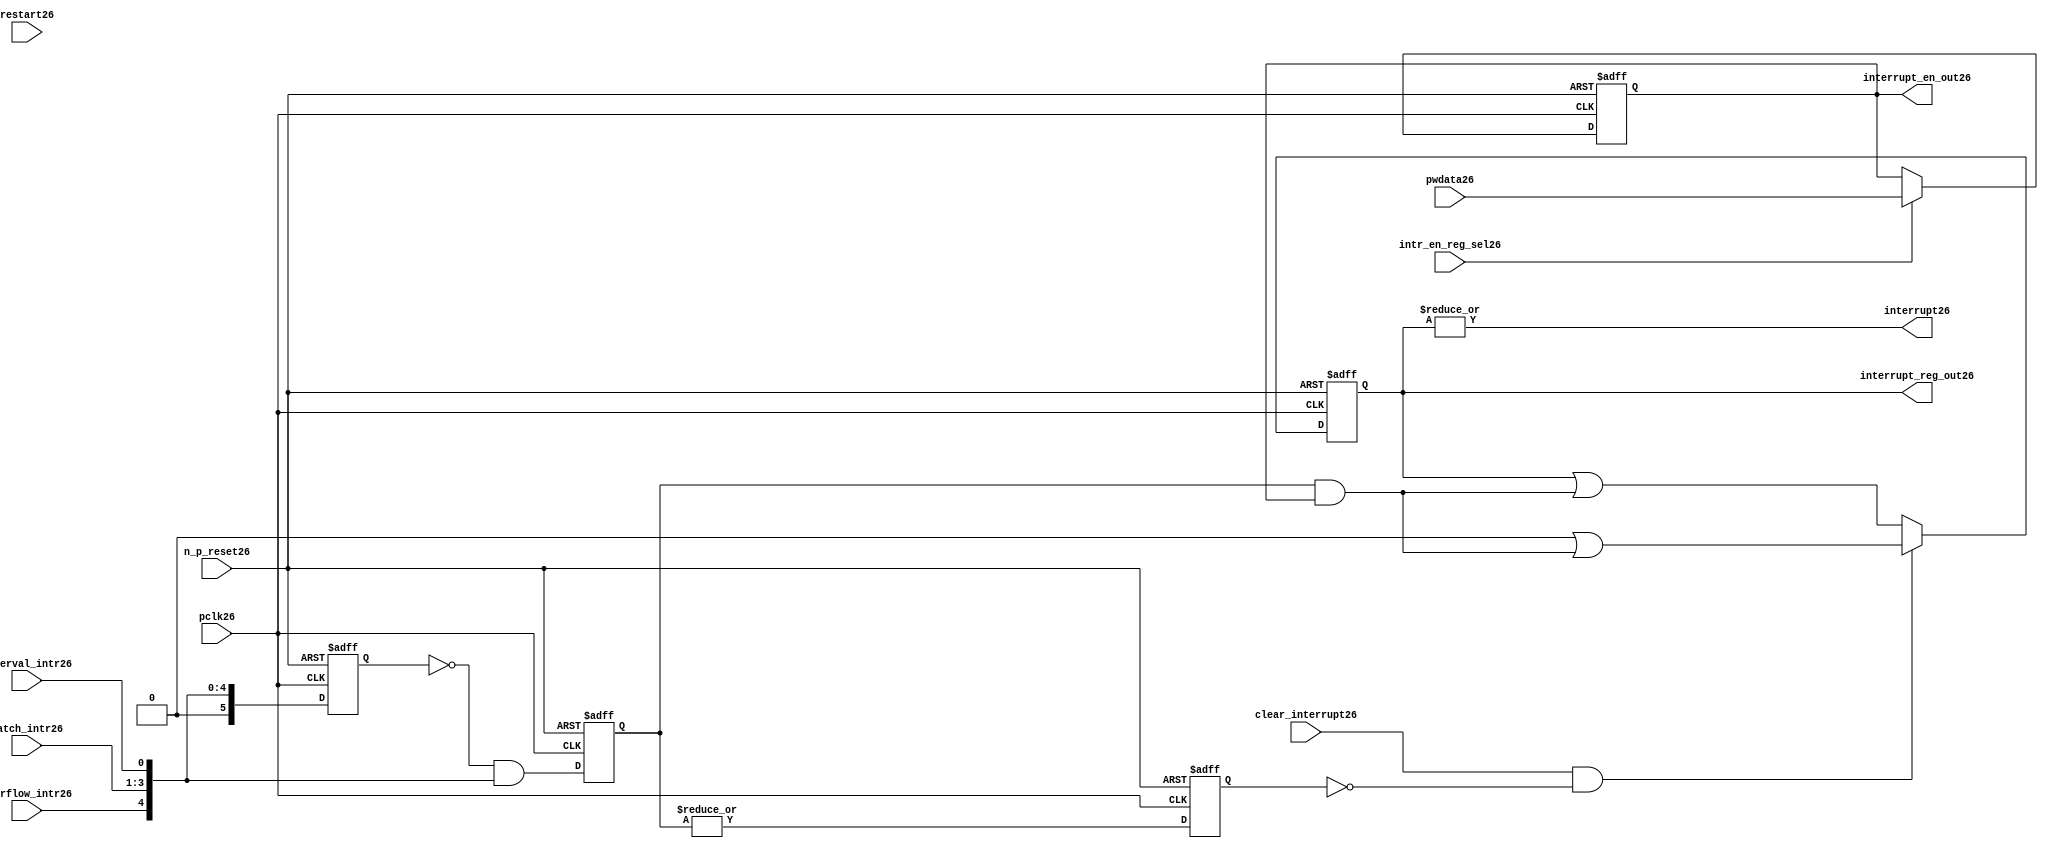
//File26 name   : ttc_interrupt_lite26.v
//Title26       : 
//Created26     : 1999
//Description26 : Interrupts26 from the counter modules26 are registered
//              and if enabled cause the output interrupt26 to go26 high26.
//              Also26 the match126 interrupts26 are monitored26 to generate output 
//Notes26       : 
//----------------------------------------------------------------------
//   Copyright26 1999-2010 Cadence26 Design26 Systems26, Inc26.
//   All Rights26 Reserved26 Worldwide26
//
//   Licensed26 under the Apache26 License26, Version26 2.0 (the
//   "License26"); you may not use this file except26 in
//   compliance26 with the License26.  You may obtain26 a copy of
//   the License26 at
//
//       http26://www26.apache26.org26/licenses26/LICENSE26-2.0
//
//   Unless26 required26 by applicable26 law26 or agreed26 to in
//   writing, software26 distributed26 under the License26 is
//   distributed26 on an "AS26 IS26" BASIS26, WITHOUT26 WARRANTIES26 OR26
//   CONDITIONS26 OF26 ANY26 KIND26, either26 express26 or implied26.  See
//   the License26 for the specific26 language26 governing26
//   permissions26 and limitations26 under the License26.
//----------------------------------------------------------------------
 


//-----------------------------------------------------------------------------
// Module26 definition26
//-----------------------------------------------------------------------------

module ttc_interrupt_lite26(

  //inputs26
  n_p_reset26,                             
  pwdata26,                             
  pclk26,
  intr_en_reg_sel26, 
  clear_interrupt26,                   
  interval_intr26,
  match_intr26,
  overflow_intr26,
  restart26,

  //outputs26
  interrupt26,
  interrupt_reg_out26,
  interrupt_en_out26
  
);


//-----------------------------------------------------------------------------
// PORT DECLARATIONS26
//-----------------------------------------------------------------------------

   //inputs26
   input         n_p_reset26;            //reset signal26
   input [5:0]   pwdata26;               //6 Bit26 Data signal26
   input         pclk26;                 //System26 clock26
   input         intr_en_reg_sel26;      //Interrupt26 Enable26 Reg26 Select26 signal26
   input         clear_interrupt26;      //Clear Interrupt26 Register signal26
   input         interval_intr26;        //Timer_Counter26 Interval26 Interrupt26
   input [3:1]   match_intr26;           //Timer_Counter26 Match26 1 Interrupt26 
   input         overflow_intr26;        //Timer_Counter26 Overflow26 Interrupt26 
   input         restart26;              //Counter26 restart26

   //Outputs26
   output        interrupt26;            //Interrupt26 Signal26 
   output [5:0]  interrupt_reg_out26;    //6 Bit26 Interrupt26 Register
   output [5:0]  interrupt_en_out26; //6 Bit26 Interrupt26 Enable26 Register


//-----------------------------------------------------------------------------
// Internal Signals26 & Registers26
//-----------------------------------------------------------------------------

   wire [5:0]   intr_detect26;          //Interrupts26 from the Timer_Counter26
   reg [5:0]    int_sync_reg26;         //6-bit 1st cycle sync register
   reg [5:0]    int_cycle_reg26;        //6-bit register ensuring26 each interrupt26 
                                      //only read once26
   reg [5:0]    interrupt_reg26;        //6-bit interrupt26 register        
   reg [5:0]    interrupt_en_reg26; //6-bit interrupt26 enable register
   

   reg          interrupt_set26;        //Prevents26 unread26 interrupt26 being cleared26
   
   wire         interrupt26;            //Interrupt26 output
   wire [5:0]   interrupt_reg_out26;    //Interrupt26 register output
   wire [5:0]   interrupt_en_out26; //Interrupt26 enable output


   assign interrupt26              = |(interrupt_reg26);
   assign interrupt_reg_out26      = interrupt_reg26;
   assign interrupt_en_out26       = interrupt_en_reg26;
   
   assign intr_detect26 = {1'b0,
                         overflow_intr26,  
                         match_intr26[3],  
                         match_intr26[2], 
                         match_intr26[1], 
                         interval_intr26};

   

// Setting interrupt26 registers
   
   always @ (posedge pclk26 or negedge n_p_reset26)
   begin: p_intr_reg_ctrl26
      
      if (!n_p_reset26)
      begin
         int_sync_reg26         <= 6'b000000;
         interrupt_reg26        <= 6'b000000;
         int_cycle_reg26        <= 6'b000000;
         interrupt_set26        <= 1'b0;
      end
      else 
      begin

         int_sync_reg26    <= intr_detect26;
         int_cycle_reg26   <= ~int_sync_reg26 & intr_detect26;

         interrupt_set26   <= |int_cycle_reg26;
          
         if (clear_interrupt26 & ~interrupt_set26)
            interrupt_reg26 <= (6'b000000 | (int_cycle_reg26 & interrupt_en_reg26));
         else 
            interrupt_reg26 <= (interrupt_reg26 | (int_cycle_reg26 & 
                                               interrupt_en_reg26));
      end 
      
   end  //p_intr_reg_ctrl26


// Setting interrupt26 enable register
   
   always @ (posedge pclk26 or negedge n_p_reset26)
   begin: p_intr_en_reg26
      
      if (!n_p_reset26)
      begin
         interrupt_en_reg26 <= 6'b000000;
      end
      else 
      begin

         if (intr_en_reg_sel26)
            interrupt_en_reg26 <= pwdata26[5:0];
         else
            interrupt_en_reg26 <= interrupt_en_reg26;

      end 
      
   end  
           


endmodule